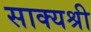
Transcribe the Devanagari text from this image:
साक्यश्री